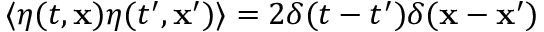
\langle \eta ( t , { \bf x } ) \eta ( t ^ { \prime } , { \bf x } ^ { \prime } ) \rangle = 2 \delta ( t - t ^ { \prime } ) \delta ( { \bf x } - { \bf x } ^ { \prime } )